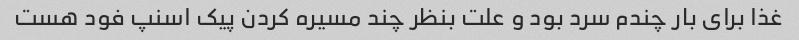
غذا برای بار چندم سرد بود و علت بنظر چند مسیره کردن پیک اسنپ فود هست